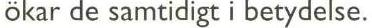
ökar de samtidigt i betydelse.